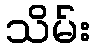
သိမ်း